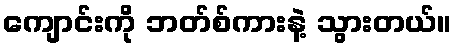
ကျောင်းကို ဘတ်စ်ကားနဲ့ သွားတယ်။